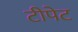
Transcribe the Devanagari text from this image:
टीपेट